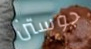
جوستن